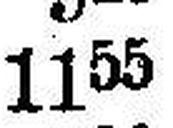
1155